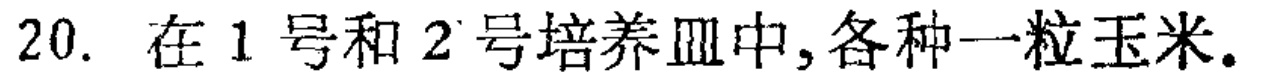
20. 在1号和2号培养皿中, 各种一粒玉米.